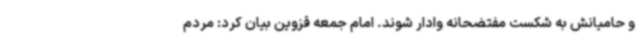
و حامیانش به شکست مفتضحانه وادار شوند. امام جمعه قزوین بیان کرد: مردم